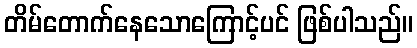
တိမ်တောက်နေသောကြောင့်ပင် ဖြစ်ပါသည်။